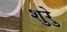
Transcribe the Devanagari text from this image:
शुरेु